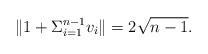
LaTeX: \begin{align*}\|1 + \Sigma_{i=1}^{n-1} v_i \| = 2 \sqrt{n-1}.\end{align*}